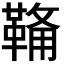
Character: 𮧟